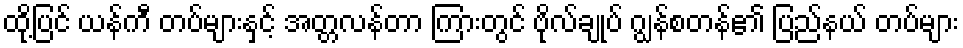
ထို့ပြင် ယန်ကီ တပ်များနှင့် အတ္တလန်တာ ကြားတွင် ဗိုလ်ချုပ် ဂျွန်စတန်၏ ပြည်နယ် တပ်များ